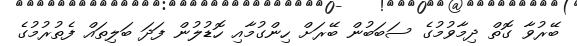
ބޭރުވާ ގޮތް ދިމާވުމުގެ ސަބަބުން ބޭރަށް ހިންގުމާއި ހޮޑުލުން ފަދަ ބަލިތައް ފެތުރުމުގެ